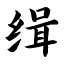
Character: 缉